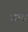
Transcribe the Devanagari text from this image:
श्राब